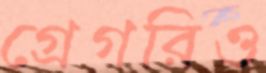
গ্রেগরিও